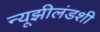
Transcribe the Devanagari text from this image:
न्यूझीलंडशी